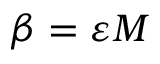
\beta = \varepsilon M